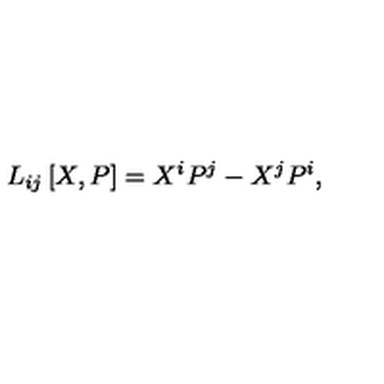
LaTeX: L _ { i j } \left[ X , P \right] = X ^ { i } P ^ { j } - X ^ { j } P ^ { i } ,